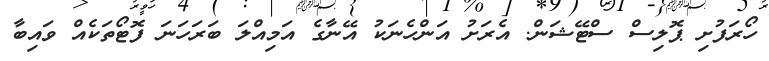
ހޯރަފުށި ޕޮލިސް ސްޓޭޝަން. އެރަށު އަންހެނަކު އޭނާގެ އަމިއްލަ ބަރަހަނަ ފޮޓޯތަކެއް ވައިބާ